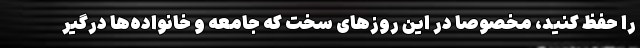
را حفظ کنید، مخصوصا در این روزهای سخت که جامعه و خانواده‌ها درگیر